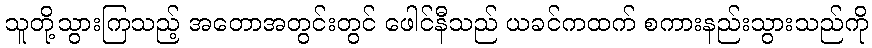
သူတို့သွားကြသည့် အတောအတွင်းတွင် ဖေါင်နီသည် ယခင်ကထက် စကားနည်းသွားသည်ကို